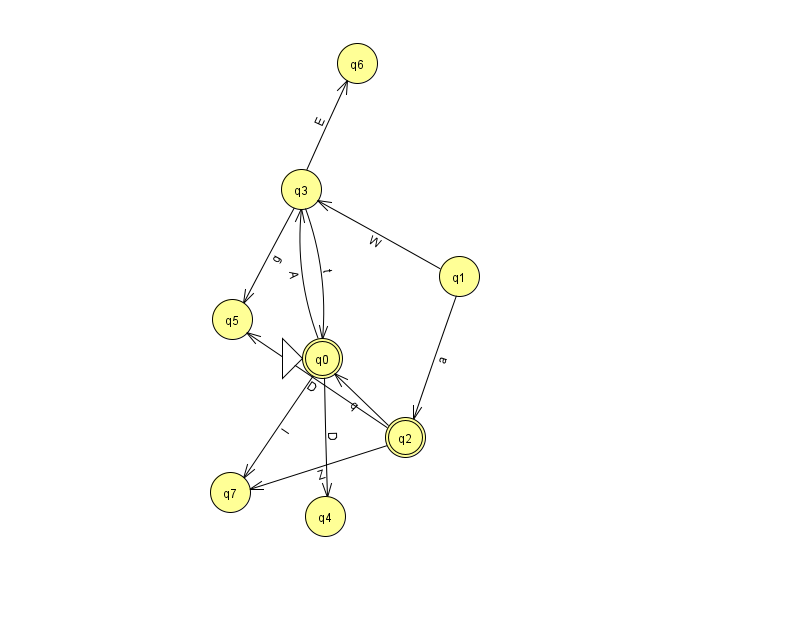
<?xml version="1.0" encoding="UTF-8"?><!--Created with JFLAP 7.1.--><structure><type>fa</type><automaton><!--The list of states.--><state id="0" name="q0"><x>322.0</x><y>345.0</y><initial/><final/></state><state id="1" name="q1"><x>459.0</x><y>263.0</y></state><state id="2" name="q2"><x>405.0</x><y>424.0</y><final/></state><state id="3" name="q3"><x>301.0</x><y>176.0</y></state><state id="4" name="q4"><x>325.0</x><y>503.0</y></state><state id="5" name="q5"><x>232.0</x><y>306.0</y></state><state id="6" name="q6"><x>357.0</x><y>50.0</y></state><state id="7" name="q7"><x>230.0</x><y>479.0</y></state><!--The list of transitions.--><transition><from>2</from><to>7</to><read>Z</read></transition><transition><from>2</from><to>5</to><read>D</read></transition><transition><from>3</from><to>6</to><read>E</read></transition><transition><from>3</from><to>5</to><read>g</read></transition><transition><from>0</from><to>7</to><read>I</read></transition><transition><from>3</from><to>0</to><read>t</read></transition><transition><from>0</from><to>4</to><read>D</read></transition><transition><from>2</from><to>0</to><read>q</read></transition><transition><from>0</from><to>3</to><read>A</read></transition><transition><from>1</from><to>2</to><read>a</read></transition><transition><from>1</from><to>3</to><read>W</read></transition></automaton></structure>